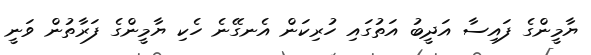
ޔާމީންގެ ފައިސާ އަދީބު އަތުގައި ހުރިކަން އެނގޭނެ ހެކި ޔާމީންގެ ފަރާތުން ވަނީ